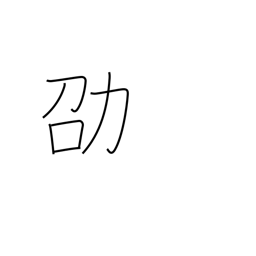
Meaning: recommend